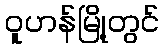
ဝူဟန်မြို့တွင်